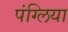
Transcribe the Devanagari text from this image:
पंग्लिया